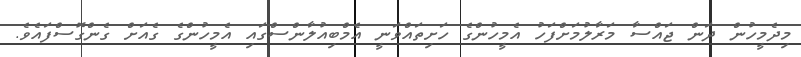
މިދެމީހުން ދަން ޖައްސާ މަރާލުމަށްފަހު އެމީހުންގެ ހަށިތައްވަނީ އެމްބިއުލާންސްގައި އެމީހުންގެ ގެއަށް ގެންގޮސްފައެވެ.